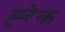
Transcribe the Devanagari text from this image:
ह्‍रेक